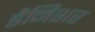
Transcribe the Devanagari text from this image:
डैनिशर